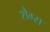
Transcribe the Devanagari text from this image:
शैग्स